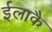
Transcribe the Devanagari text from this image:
ईलाकै